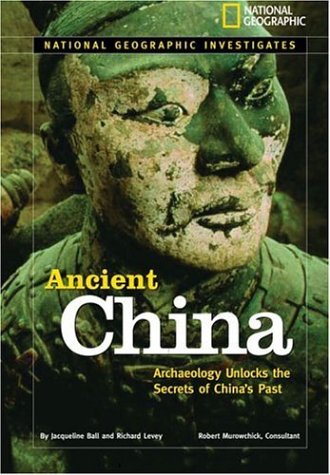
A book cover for National Geographic Investigates: Ancient China: Archaeology Unlocks the Secrets of China's Past; Jacqueline Ball; Children's Books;